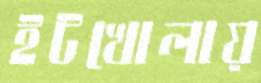
ইটখোলায়